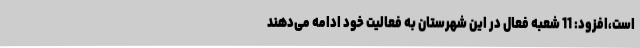
است،افزود: 11 شعبه فعال در این شهرستان به فعالیت خود ادامه می‌دهند